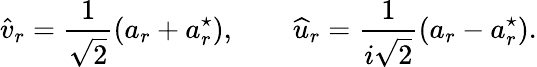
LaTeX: \widehat v_{r}=\frac{1}{\sqrt 2}(a_{r}+a_{r}^{\star}),\qquad\widehat u_{r}=\frac{1}{i\sqrt 2}(a_{r}-a_{r}^{\star}).